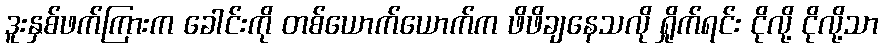
ဒူးနှစ်ဖက်ကြားက ခေါင်းကို တစ်ယောက်ယောက်က ဖိဖိချနေသလို ရှိုက်ရင်း ငိုလို့ ငိုလို့သာ